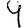
Digit: 9